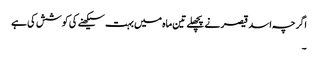
اگرچہ اسد قیصر نے پچھلے تین ماہ میں بہت سیکھنے کی کوشش کی ہے
۔